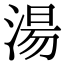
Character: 湯